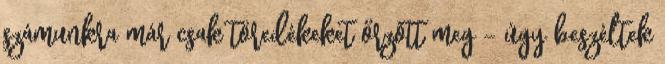
számunkra már csak töredékeket őrzött meg – úgy beszéltek